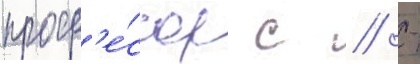
проф'е́ссор с // -